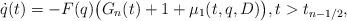
LaTeX: \begin{align*}\dot q(t)=-F(q)\big(G_n(t)+1+\mu_1(t,q,D)\big),t>t_{n-1/2},\end{align*}